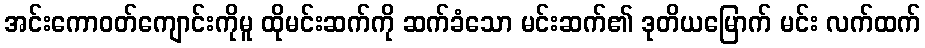
အင်းကောဝတ်ကျောင်းကိုမူ ထိုမင်းဆက်ကို ဆက်ခံသော မင်းဆက်၏ ဒုတိယမြောက် မင်း လက်ထက်